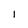
Character: 1